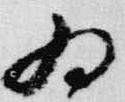
為